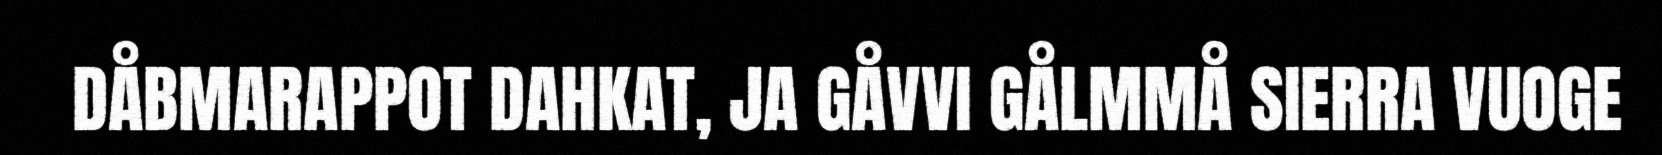
DÅBMARAPPOT DAHKAT, JA GÅVVI GÅLMMÅ SIERRA VUOGE